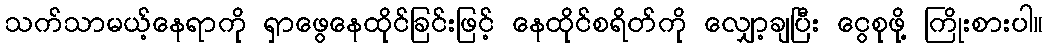
သက်သာမယ့်နေရာကို ရှာဖွေနေထိုင်ခြင်းဖြင့် နေထိုင်စရိတ်ကို လျှော့ချပြီး ငွေစုဖို့ ကြိုးစားပါ။